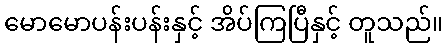
မောမောပန်းပန်းနှင့် အိပ်ကြပြီနှင့် တူသည်။